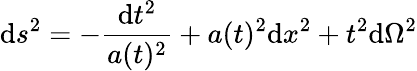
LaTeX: \mathrm{d}s^{2}=-\frac{{\mathrm{d}t^{2}}}{{a(t)^{2}}}+a(t)^{2}\mathrm{d}x^{2}+t^{2}\mathrm{d}\Omega^{2}